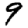
Digit: 9